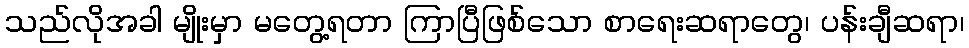
သည်လိုအခါ မျိုးမှာ မတွေ့ရတာ ကြာပြီဖြစ်သော စာရေးဆရာတွေ၊ ပန်းချီဆရာ၊